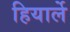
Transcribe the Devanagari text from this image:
हियार्ले